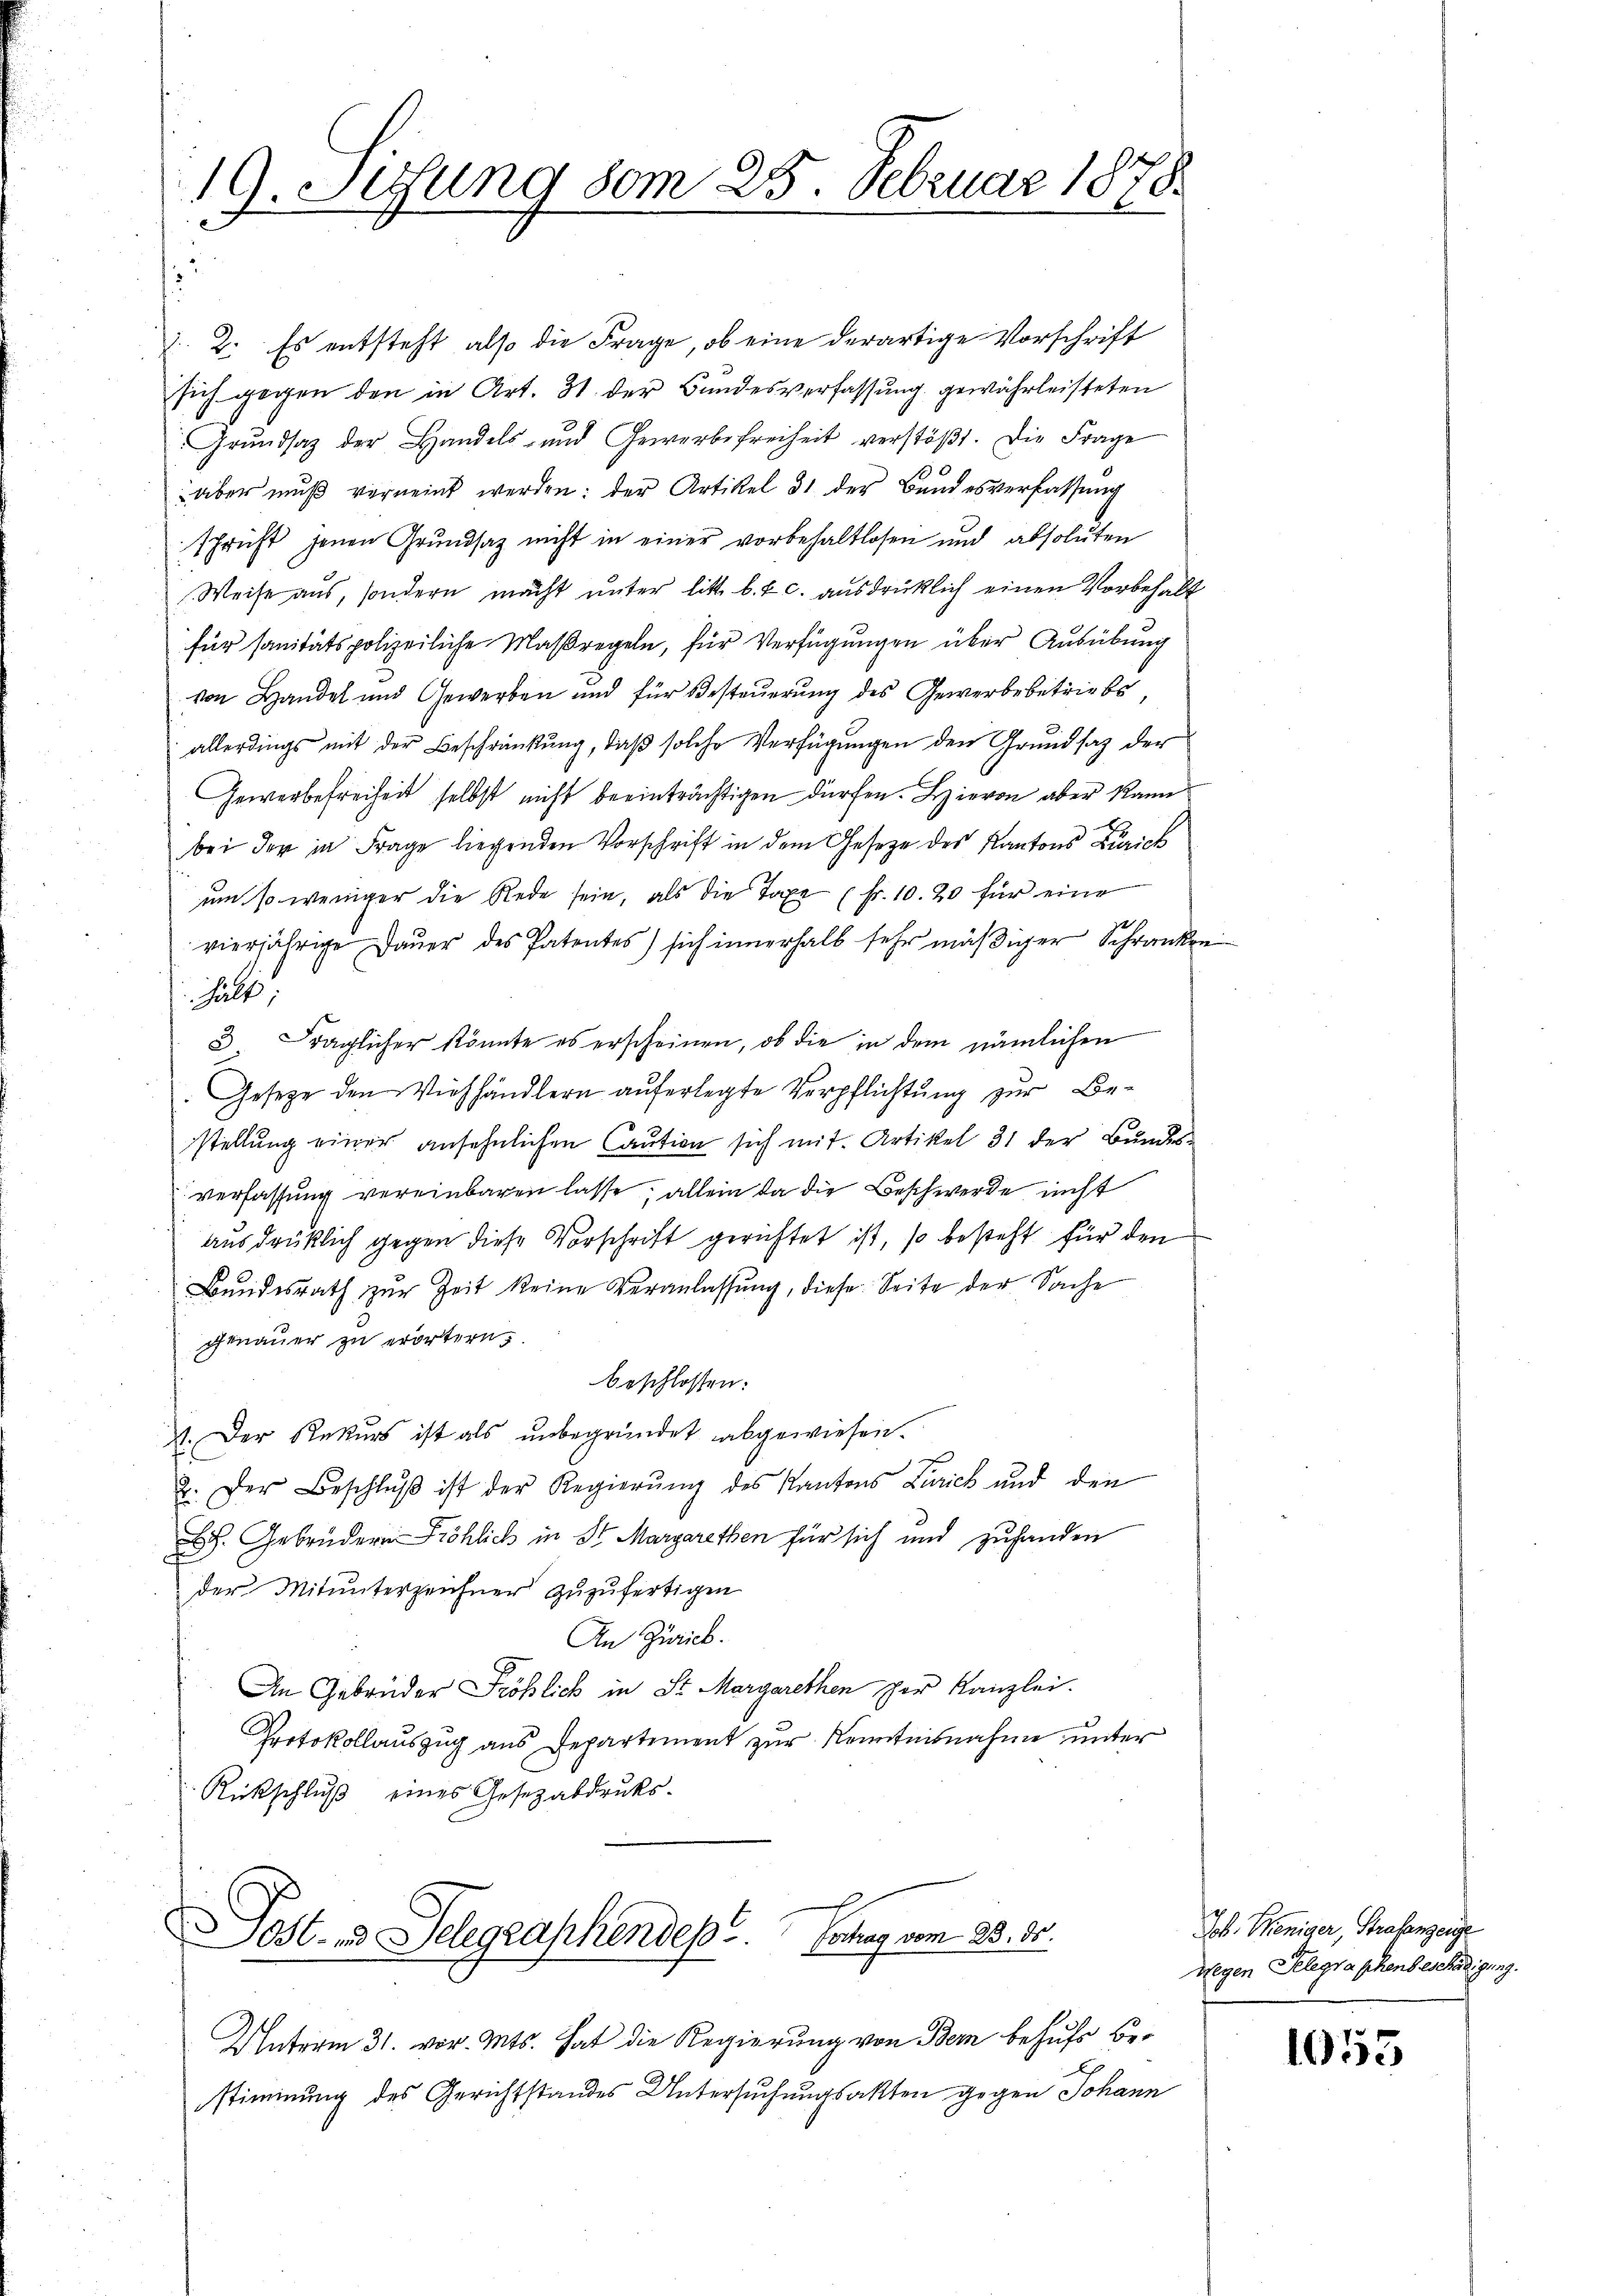
19. Susung vom 25. Februar 1878.
.

1. 2. Es entsteht also die Frage, ob eine derartige Vorschrift
sich gegen den in Art. 31. der Bundesverfassung gewährleisteten
Grŭndsaz der Handels- und Gewerbefreiheit verstöβt. Die Frage
aber muß verneint werden: der Artikel 31 der Bundesverfassung
schrift jenen Grundsaz nicht in einer vorbehaltlosen und absoluten
Weise aus, sondern macht unter litt. b. & c. ausdrücklich einen Vorbehalt
für sanitätspolizeiliche Maßregeln, für Verfügungen über Ausübung
von Handel und Gewerben und für Besteuerung des Gewerbebetriebe
 allerdings mit der Beschränkung, daβ solche Verfügungen den Grundsaz der
Gewerbefreiheit selbst nicht beeinträchtigen dürfen. Hievon aber kann
bei der in Frage liegenden Vorschrift in dem Gesetze des Kantons Zürich
um so weniger die Rede sein, als die Taxe (fr. 10. 20 für eine
vierjährige Dauer des Patentes) sich innerhalb sehr mäßiger Schranken
halt
3 Fraglicher könnte es erscheinen, ob die in dem nämlichen
Gesetze den Viehhändlern auferlegte Verpflichtung zur Bestellung einer ansehnlichen Caution sich mit Artikel 31 der Bundesverfassung vereinbaren lasse, allein da die Beschwerde nicht
ausdrüklich gegen diese Vorschrift gerichtet ist, so besteht für den
Bundesrath zŭr Zeit keine Veranlassung, diese Seite der Sache
genauer zu erörtern,
beschlossen:
1. Der Rekurs ist als unbegründet abgewiesen.
2. Der Beschlŭβ ist der Regierŭng des Kantons Zürich und den
 Gebrüdern Fröhlich in St. Margarethen für sich und zuhanden
der Mitunterzeichner zŭzŭfertigen
An Zürich.
An Gebrüder Fröhlich in St. Margarethen per Kanzlei.
Protokollauszug aus Departement zur Kenntnisnahme unter
Rückschluß eines Gesezabdruks-

Post- und Telegraphendept. Betrag vom 25. ds.

Unterm 31. vor. Mts. hat die Regierung von Bern behufs Bestimmung des Gerichtstandes Untersuchungsakten gegen Johann

Joh. Weniger, Strafanzeige
wegen Telegraphenbeschädigung.

1055